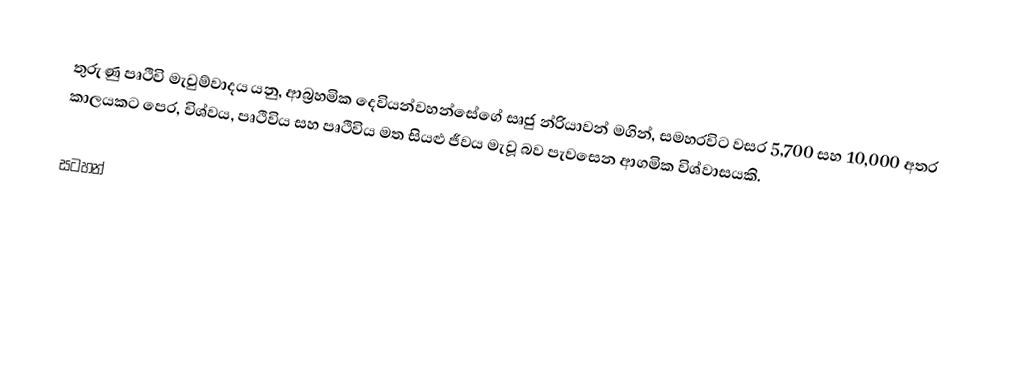
තුරුණු පෘථිවි මැවුම්වාදය යනු,  ආබ්‍රහමික දෙවියන්වහන්සේගේ සෘජු න්‍රියාවන් මගින්, සමහරවිට වසර  5,700 සහ 10,000 අතර කාලයකට පෙර,  විශ්වය, පෘථිවිය සහ  පෘථිවිය මත සියළු ජීවය  මැවූ බව පැවසෙන  ආගමික විශ්වාසයකි.

සටහන්